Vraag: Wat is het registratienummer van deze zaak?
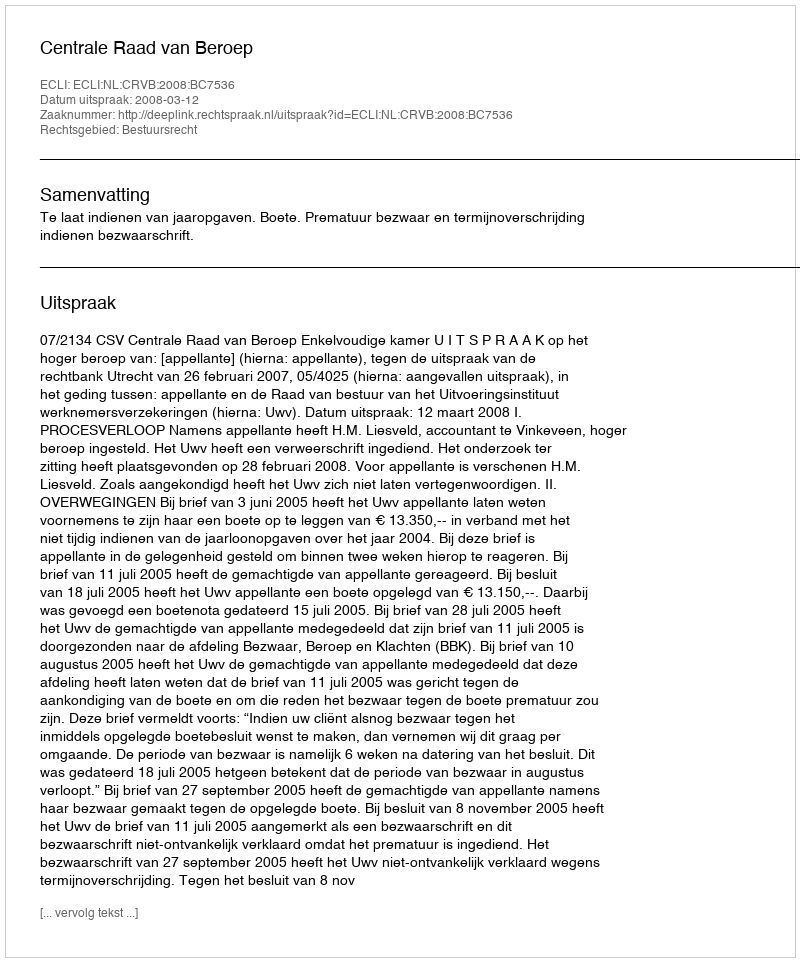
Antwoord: http://deeplink.rechtspraak.nl/uitspraak?id=ECLI:NL:CRVB:2008:BC7536